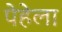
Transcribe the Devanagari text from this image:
पेहेला